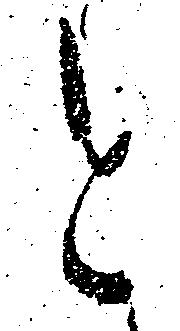
と